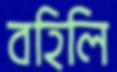
বহিলি